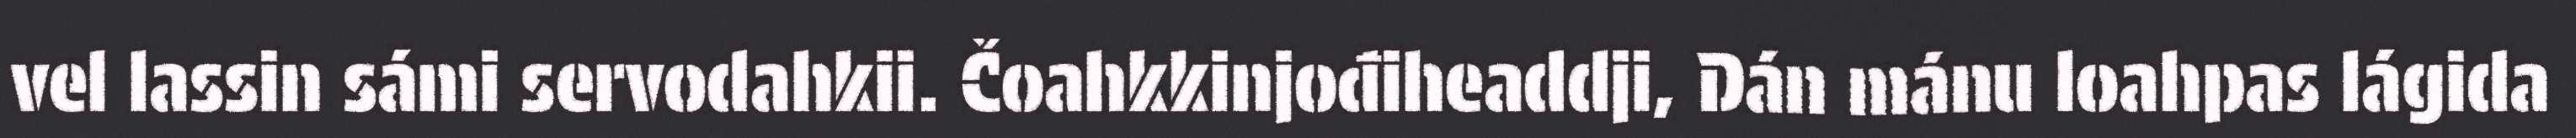
vel lassin sámi servodahkii. Čoahkkinjođiheaddji, Dán mánu loahpas lágida